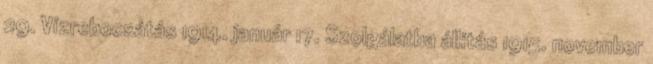
29. Vízrebocsátás 1914. január 17. Szolgálatba állítás 1915. november